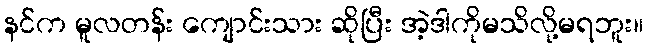
နင်က မူလတန်း ကျောင်းသား ဆိုပြီး အဲ့ဒါကိုမသိလို့မရဘူး။